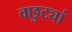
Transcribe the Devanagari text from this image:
वछुट्यां